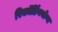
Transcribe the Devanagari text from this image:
रिकॉर्डिंगयोग्य